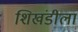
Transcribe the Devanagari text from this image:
शिखंडीला